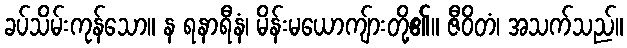
ခပ်သိမ်းကုန်သော။ န ရနာရီနံ၊ မိန်းမယောကျ်ားတို့၏။ ဇီဝိတံ၊ အသက်သည်။